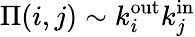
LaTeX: \Pi(i,j)\sim k_{i}^{\mathrm{out}}k_{j}^{\mathrm{in}}